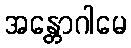
အန္တောဂါမေ